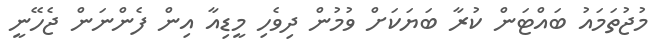
މުޖުތަމައު ބައްޓަން ކުރާ ބަޔަކަށް ވުމުން ދިވެހި މީޑިއާ އިން ފެންނަން ޖެހޭނީ